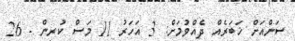
ސަންއަށް ޚަބަރެއް ދެއްވުމަށް: 3 އަހަރު 11 މަސް ކުރިން - 26